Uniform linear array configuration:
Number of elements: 16
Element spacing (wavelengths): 1
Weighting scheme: exponential
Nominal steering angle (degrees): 45
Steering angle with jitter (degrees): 43.027
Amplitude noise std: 0.05
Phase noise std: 0.05

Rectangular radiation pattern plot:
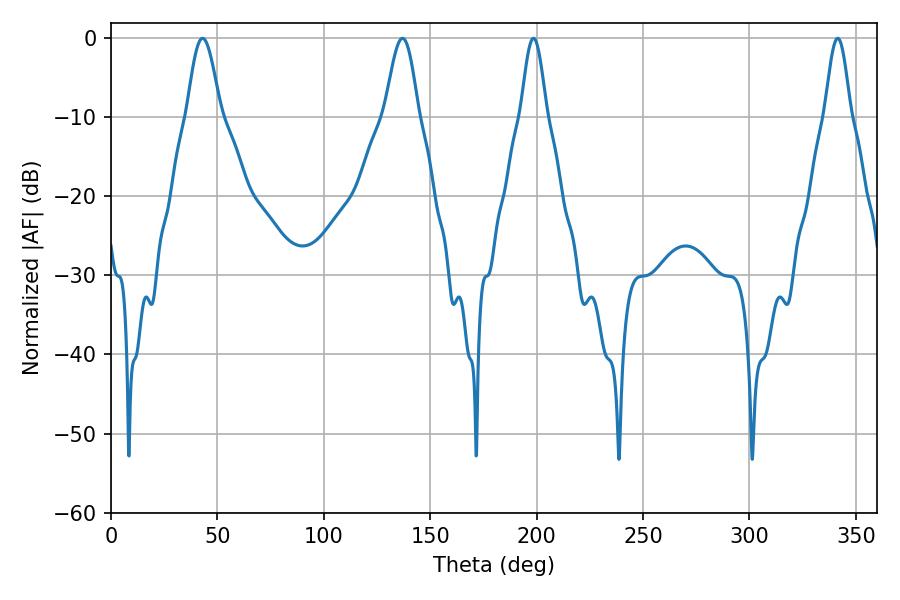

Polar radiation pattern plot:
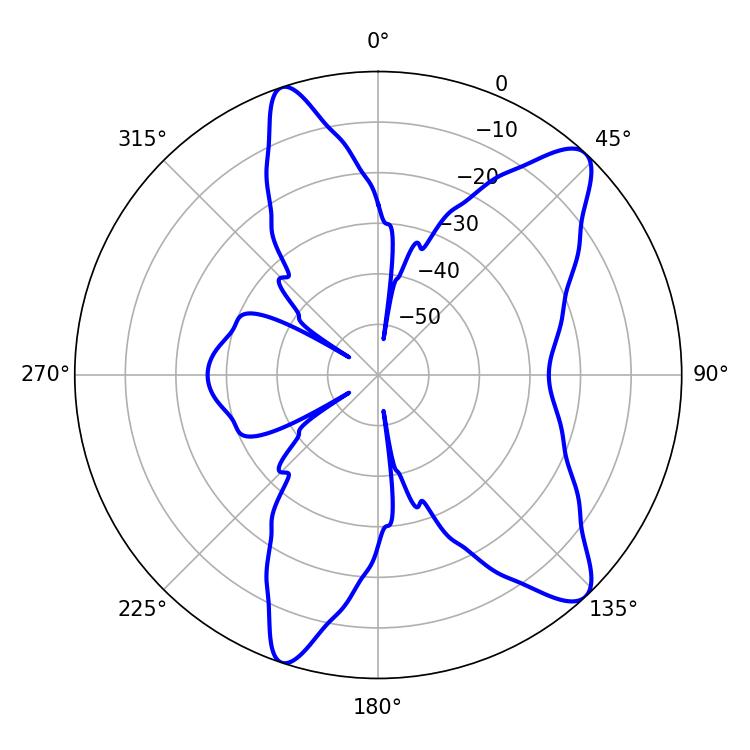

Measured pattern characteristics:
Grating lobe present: TRUE
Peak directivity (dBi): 10.899
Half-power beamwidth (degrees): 8.28
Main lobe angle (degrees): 43.02